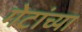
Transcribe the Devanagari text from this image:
गेटांच्या